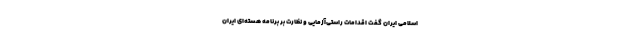
اسلامی ایران گفت اقدامات راستی‌آزمایی و نظارت بر برنامه هسته‌ای ایران